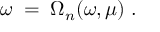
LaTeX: \omega \; = \; \Omega _ { n } ( \omega , \mu ) \; .